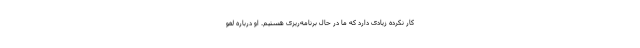
کار نکرده زیادی دارد که ما در حال برنامه‌ریزی هستیم. او درباره لغو